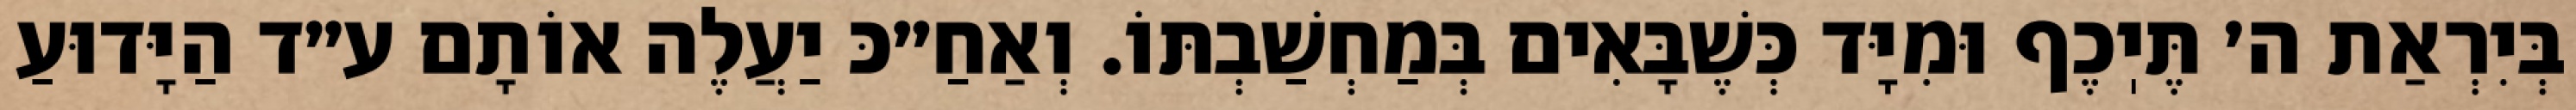
בְּיִרְאַת ה׳ תֶּיֽכֶף וּמִיָּד כְּשֶׁבָּאִים בְּמַחְשַׁבְתּוֹ. וְאַחַ״כּ יַעֲלֶה אוֹתָם ע״ד הַיָּדוּעַ